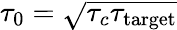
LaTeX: \tau_{0}=\sqrt{\tau_{c}{\tau}_{\mathrm{target}}}